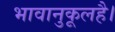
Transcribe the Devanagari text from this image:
भावानुकूलहै।